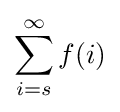
\sum _{i=s}^{\infty }f(i)